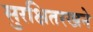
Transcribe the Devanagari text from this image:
सुरक्षितरखने